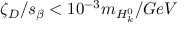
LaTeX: \zeta _ { D } / s _ { \beta } < 1 0 ^ { - 3 } m _ { H _ { k } ^ { 0 } } / G e V